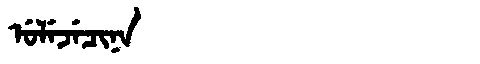
Manchu: ᡠᠯᡝᠵᡝᠴᡳᠨᠠ
Romanization: ULEJECINA